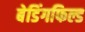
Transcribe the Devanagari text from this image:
बेडिंगफिल्ड